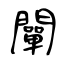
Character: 闡